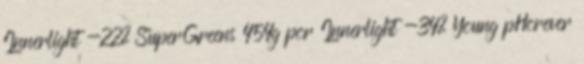
Innerlight -22% SuperGreens 454g por Innerlight -34% Young pHorever